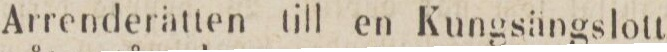
Arrenderätten till en Kungsängslott